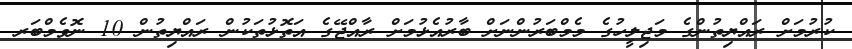
ކުރުމަށް ރައްޔިތުންގެ މަޖިލީހުގެ މެމްބަރުންނަށް ބާރުއެޅުމަށް ރާއްޖޭގެ އަތޮޅުތަކުން ރައްޔިތުން 10 ނޮވެމްބަރ